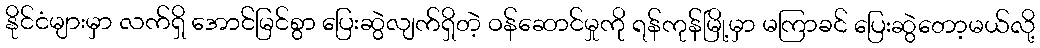
နိုင်ငံများမှာ လက်ရှိ အောင်မြင်စွာ ပြေးဆွဲလျက်ရှိတဲ့ ဝန်ဆောင်မှုကို ရန်ကုန်မြို့မှာ မကြာခင် ပြေးဆွဲတော့မယ်လို့